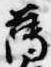
薄